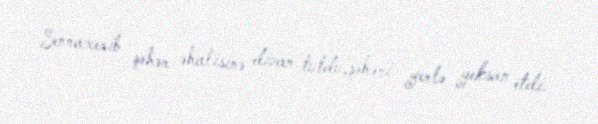
Sennaxerib şəhər əhalisinə divan tutdu,şəhəri yerlə yeksan etdi.